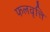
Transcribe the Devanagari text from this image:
फलवृत्ति